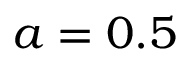
a = 0 . 5